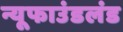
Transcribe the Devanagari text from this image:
न्यूफाउंडलंड